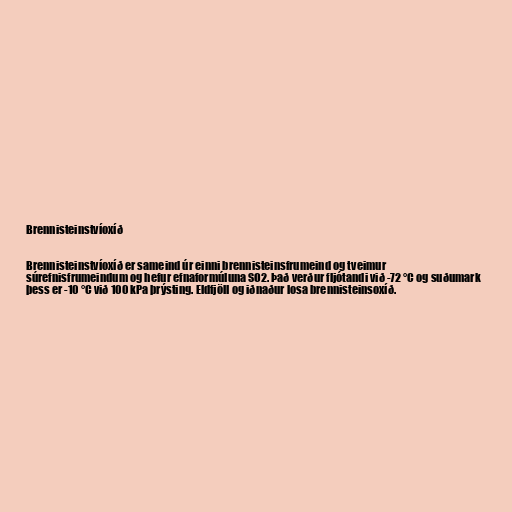
Brennisteinstvíoxíð

Brennisteinstvíoxíð er sameind úr einni brennisteinsfrumeind og tveimur
súrefnisfrumeindum og hefur efnaformúluna SO2. Það verður fljótandi við -72 °C og suðumark
þess er -10 °C við 100 kPa þrýsting. Eldfjöll og iðnaður losa brennisteinsoxíð.